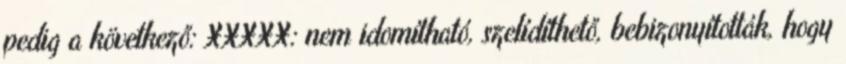
pedig a következő: XXXXX: nem idomítható, szelídíthető, bebizonyították, hogy